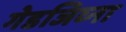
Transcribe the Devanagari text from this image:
गेडजिव्ना